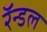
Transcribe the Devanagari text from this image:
रॅन्डल